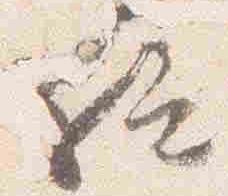
給